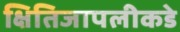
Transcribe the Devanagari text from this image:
क्षितिजापलीकडे